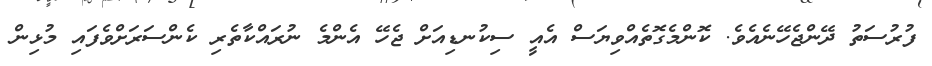
ފުރުސަތު ދޭންޖެހޭނެއެވެ. ކޮންމެގޮތެއްވިޔަސް އެއީ ސިކުނޑިއަށް ޖެހޭ އެންމެ ނުރައްކާތެރި ކެންސަރަށްވެފައި މުޅިން